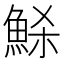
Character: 𩶼